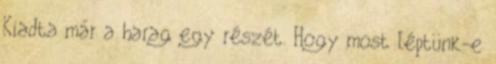
Kiadta már a harag egy részét. Hogy most léptünk-e